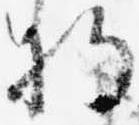
将